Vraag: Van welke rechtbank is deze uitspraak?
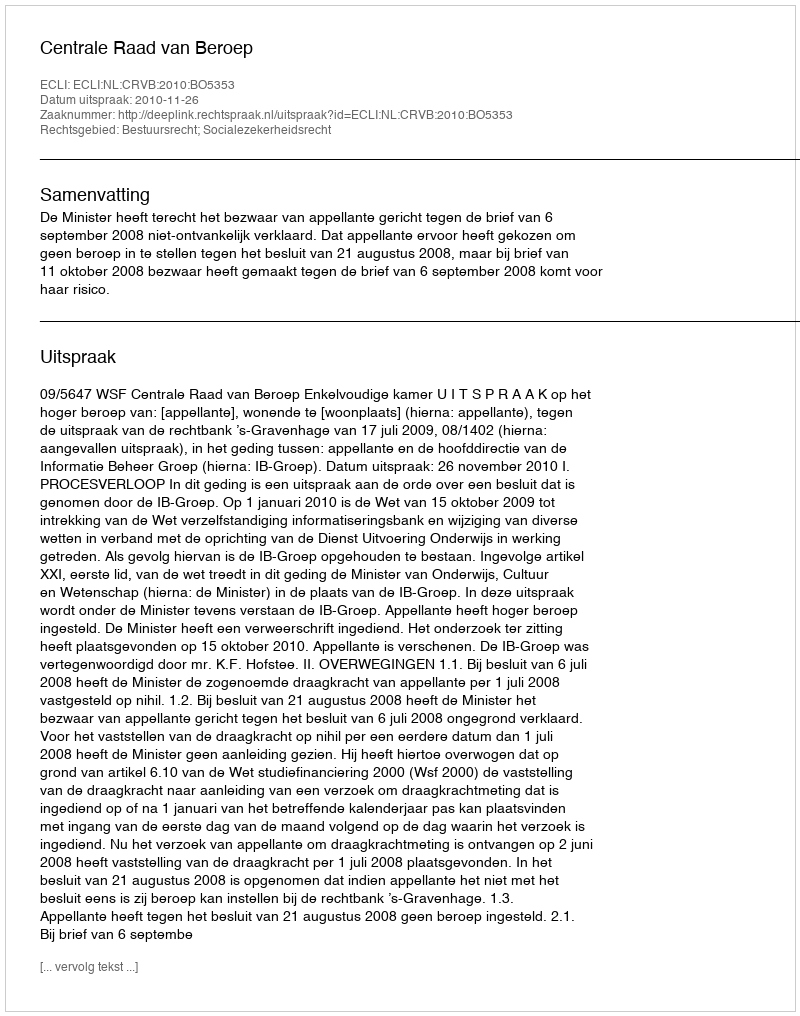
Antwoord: Centrale Raad van Beroep